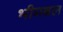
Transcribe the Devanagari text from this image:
भीमबल